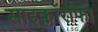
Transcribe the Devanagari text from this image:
साइक्लॉराफा